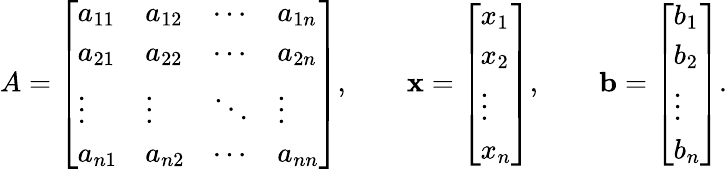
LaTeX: A={\left[\begin{array}{llll}{a_{11}}&{a_{12}}&{\cdots}&{a_{1n}}\\ {a_{21}}&{a_{22}}&{\cdots}&{a_{2n}}\\ {\vdots}&{\vdots}&{\ddots}&{\vdots}\\ {a_{n1}}&{a_{n2}}&{\cdots}&{a_{nn}}\end{array}\right]},\qquad\mathbf{x}={\left[\begin{array}{l}{x_{1}}\\ {x_{2}}\\ {\vdots}\\ {x_{n}}\end{array}\right]},\qquad\mathbf{b}={\left[\begin{array}{l}{b_{1}}\\ {b_{2}}\\ {\vdots}\\ {b_{n}}\end{array}\right]}.